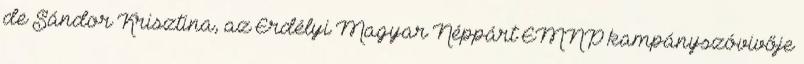
de Sándor Krisztina, az Erdélyi Magyar Néppárt EMNP kampányszóvivője